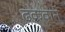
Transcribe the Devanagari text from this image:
ढकवाने